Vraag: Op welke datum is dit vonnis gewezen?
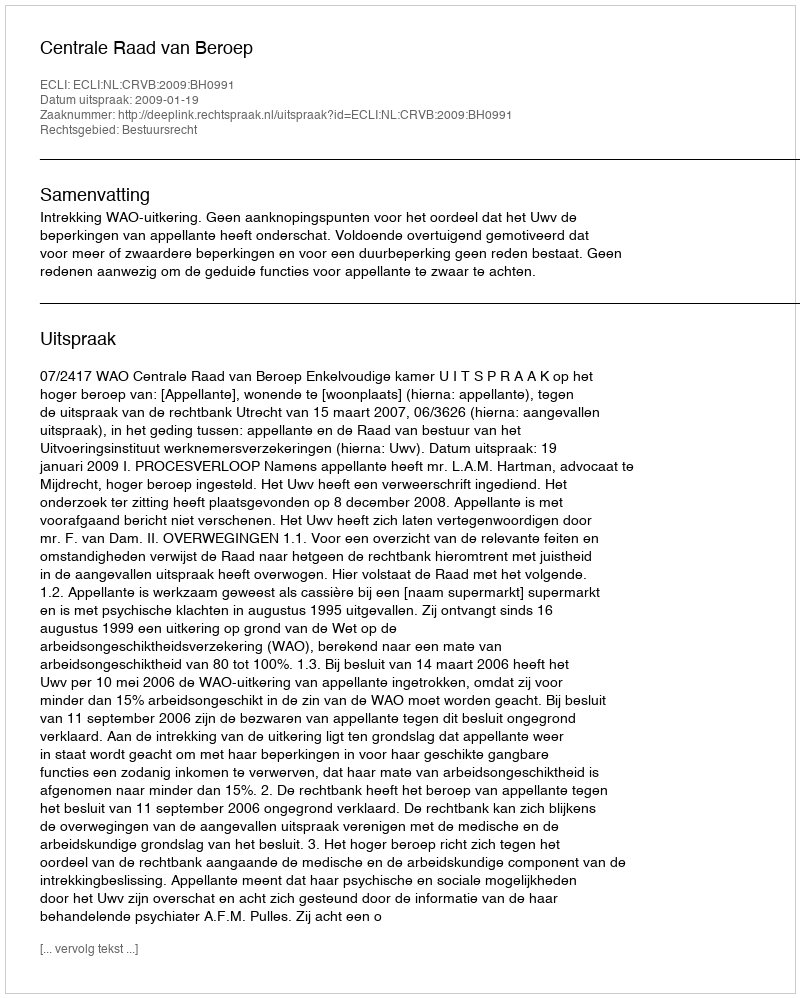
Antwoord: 2009-01-19